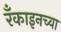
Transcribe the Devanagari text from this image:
रँकाइनच्या